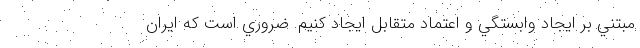
مبتني بر ايجاد وابستگي و اعتماد متقابل ايجاد كنيم. ضروري است كه ايران